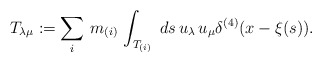
\begin{align*}T_{\lambda \mu} : = \sum_i \,m_{(i)}\,\int_{T_{(i)}}\;ds\,u_{\lambda}\,u_{\mu} \delta^{(4)} (x- \xi (s)).\end{align*}